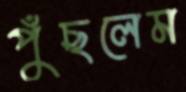
পুঁছলেম